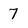
Character: 7